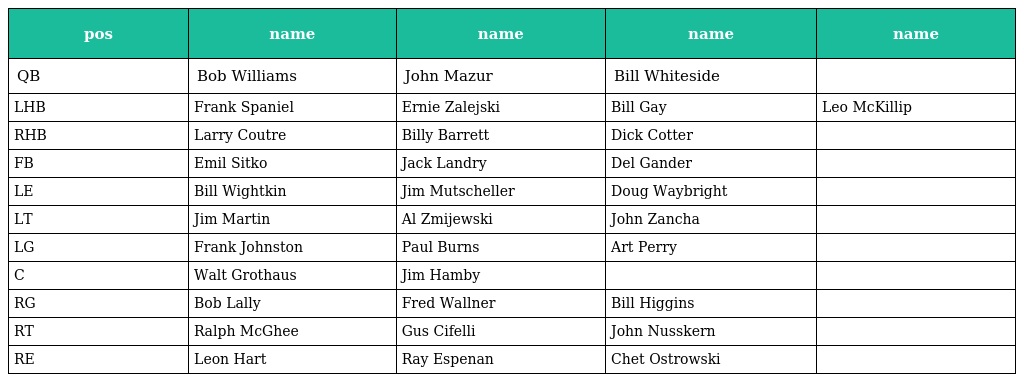
| pos | name | name | name | name |
 | --- | --- | --- | --- | --- |
 | QB | Bob Williams | John Mazur | Bill Whiteside |  |
 | LHB | Frank Spaniel | Ernie Zalejski | Bill Gay | Leo McKillip |
 | RHB | Larry Coutre | Billy Barrett | Dick Cotter |  |
 | FB | Emil Sitko | Jack Landry | Del Gander |  |
 | LE | Bill Wightkin | Jim Mutscheller | Doug Waybright |  |
 | LT | Jim Martin | Al Zmijewski | John Zancha |  |
 | LG | Frank Johnston | Paul Burns | Art Perry |  |
 | C | Walt Grothaus | Jim Hamby |  |  |
 | RG | Bob Lally | Fred Wallner | Bill Higgins |  |
 | RT | Ralph McGhee | Gus Cifelli | John Nusskern |  |
 | RE | Leon Hart | Ray Espenan | Chet Ostrowski |  |